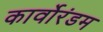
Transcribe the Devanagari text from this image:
कार्वोरंडम